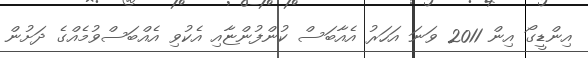
އިންޑީގޯ އިން 2011 ވަނަ އަހަރު އެއާބަސް ކުންފުންޏާއި އެކުވި އެއްބަސްވުމެއްގެ ދަށުން